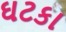
ઘટકા